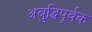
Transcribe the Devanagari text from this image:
अबुद्धिपूर्वक